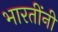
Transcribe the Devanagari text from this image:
भारतींनी